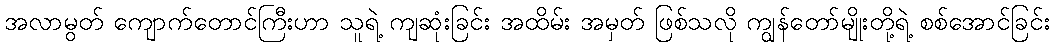
အလာမွတ် ကျောက်တောင်ကြီးဟာ သူရဲ့ ကျဆုံးခြင်း အထိမ်း အမှတ် ဖြစ်သလို ကျွန်တော်မျိုးတို့ရဲ့ စစ်အောင်ခြင်း